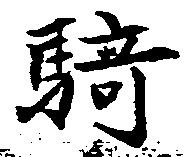
騎